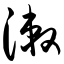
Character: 漱